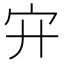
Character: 𡧅